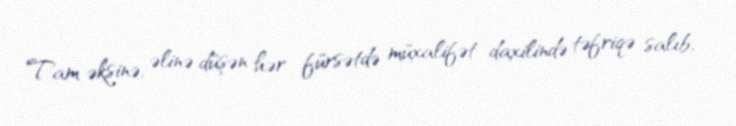
Tam əksinə, əlinə düşən hər fürsətdə müxalifət daxilində təfriqə salıb,